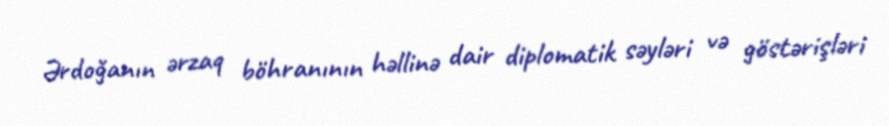
Ərdoğanın ərzaq böhranının həllinə dair diplomatik səyləri və göstərişləri